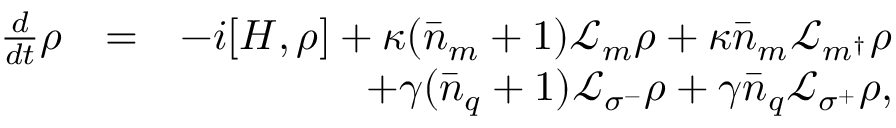
\begin{array} { r l r } { \frac { d } { d t } \rho } & { = } & { - i [ H , \rho ] + \kappa ( \bar { n } _ { m } + 1 ) \mathcal { L } _ { m } \rho + \kappa \bar { n } _ { m } \mathcal { L } _ { m ^ { \dagger } } \rho } \\ & { } & { + \gamma ( \bar { n } _ { q } + 1 ) \mathcal { L } _ { \sigma ^ { - } } \rho + \gamma \bar { n } _ { q } \mathcal { L } _ { \sigma ^ { + } } \rho , } \end{array}